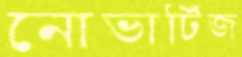
নোভার্টিজ